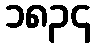
၁၈၃၄